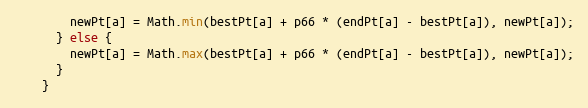
Language: Java
        newPt[a] = Math.min(bestPt[a] + p66 * (endPt[a] - bestPt[a]), newPt[a]);
      } else {
        newPt[a] = Math.max(bestPt[a] + p66 * (endPt[a] - bestPt[a]), newPt[a]);
      }
    }